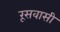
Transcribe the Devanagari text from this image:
रूसवासी